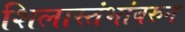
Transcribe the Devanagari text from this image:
शिलास्तंभांवरुन